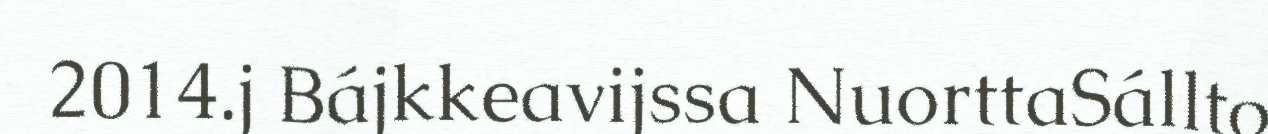
2014.j Bájkkeavijssa NuorttaSállto